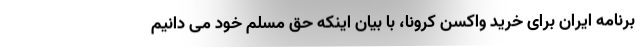
برنامه ایران برای خرید واکسن کرونا، با بیان اینکه حق مسلم خود می دانیم